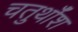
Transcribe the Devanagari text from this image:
चतुर्थाँश